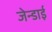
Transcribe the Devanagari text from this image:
जेन्‍डाई